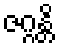
ဇဂ္ဂန္တိ